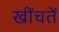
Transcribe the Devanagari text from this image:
खींचतें